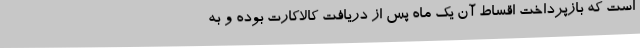
است که بازپرداخت اقساط آن یک ماه پس از دریافت کالاکارت بوده و به